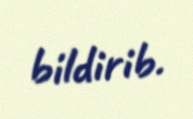
bildirib.